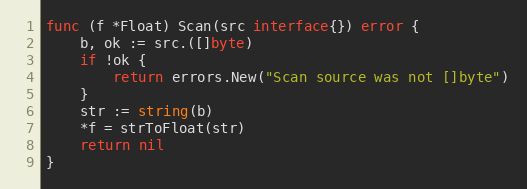
Language: Go
func (f *Float) Scan(src interface{}) error {
	b, ok := src.([]byte)
	if !ok {
		return errors.New("Scan source was not []byte")
	}
	str := string(b)
	*f = strToFloat(str)
	return nil
}